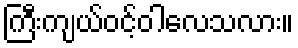
ကြီးကျယ်ဝင့်ဝါလေသလား။